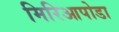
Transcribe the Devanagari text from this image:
मिरिआपोडा